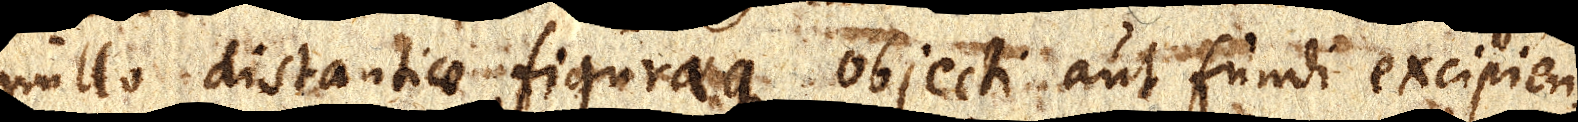
nullo distantiae figuraeque objecti aut fundi excipien–